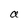
Character: a